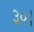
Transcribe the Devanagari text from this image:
३०।